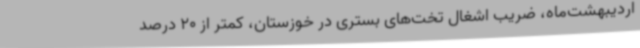
اردیبهشت‌ماه، ضریب اشغال تخت‌های بستری در خوزستان، کمتر از 20 درصد